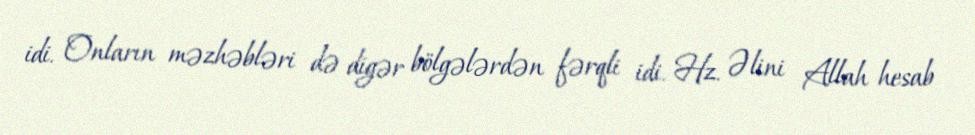
idi. Onların məzhəbləri də digər bölgələrdən fərqli idi. Hz. Əlini Allah hesab